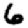
Digit: 6